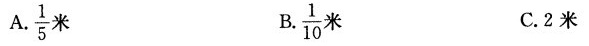
A.\frac{1}{5} 米 B.\frac{1}{10}米 C.2米